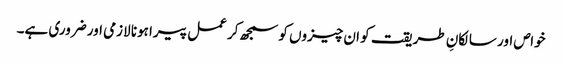
خواص اور سالکانِ طریقت کو ان چیزوں کو سمجھ کر عمل پیرا ہونا لازمی اور ضروری ہے۔